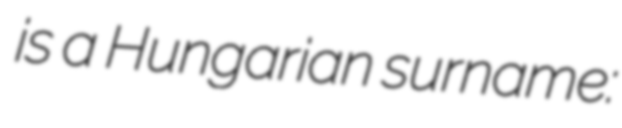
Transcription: is a Hungarian surname: